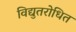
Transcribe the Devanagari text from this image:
विद्युतरोधित